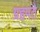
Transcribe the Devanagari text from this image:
ग्रहपते